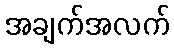
အချက်အလက်